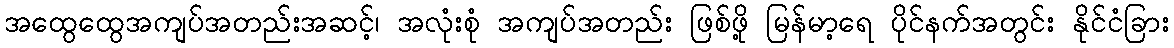
အထွေထွေအကျပ်အတည်းအဆင့်၊ အလုံးစုံ အကျပ်အတည်း ဖြစ်ဖို့ မြန်မာ့ရေ ပိုင်နက်အတွင်း နိုင်ငံခြား